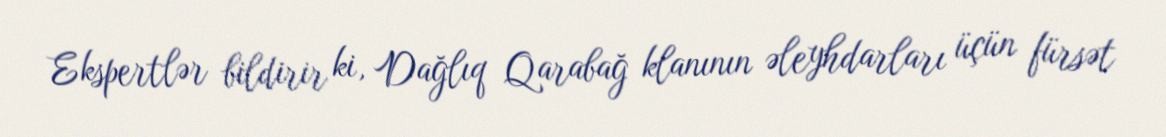
Ekspertlər bildirir ki, Dağlıq Qarabağ klanının əleyhdarları üçün fürsət